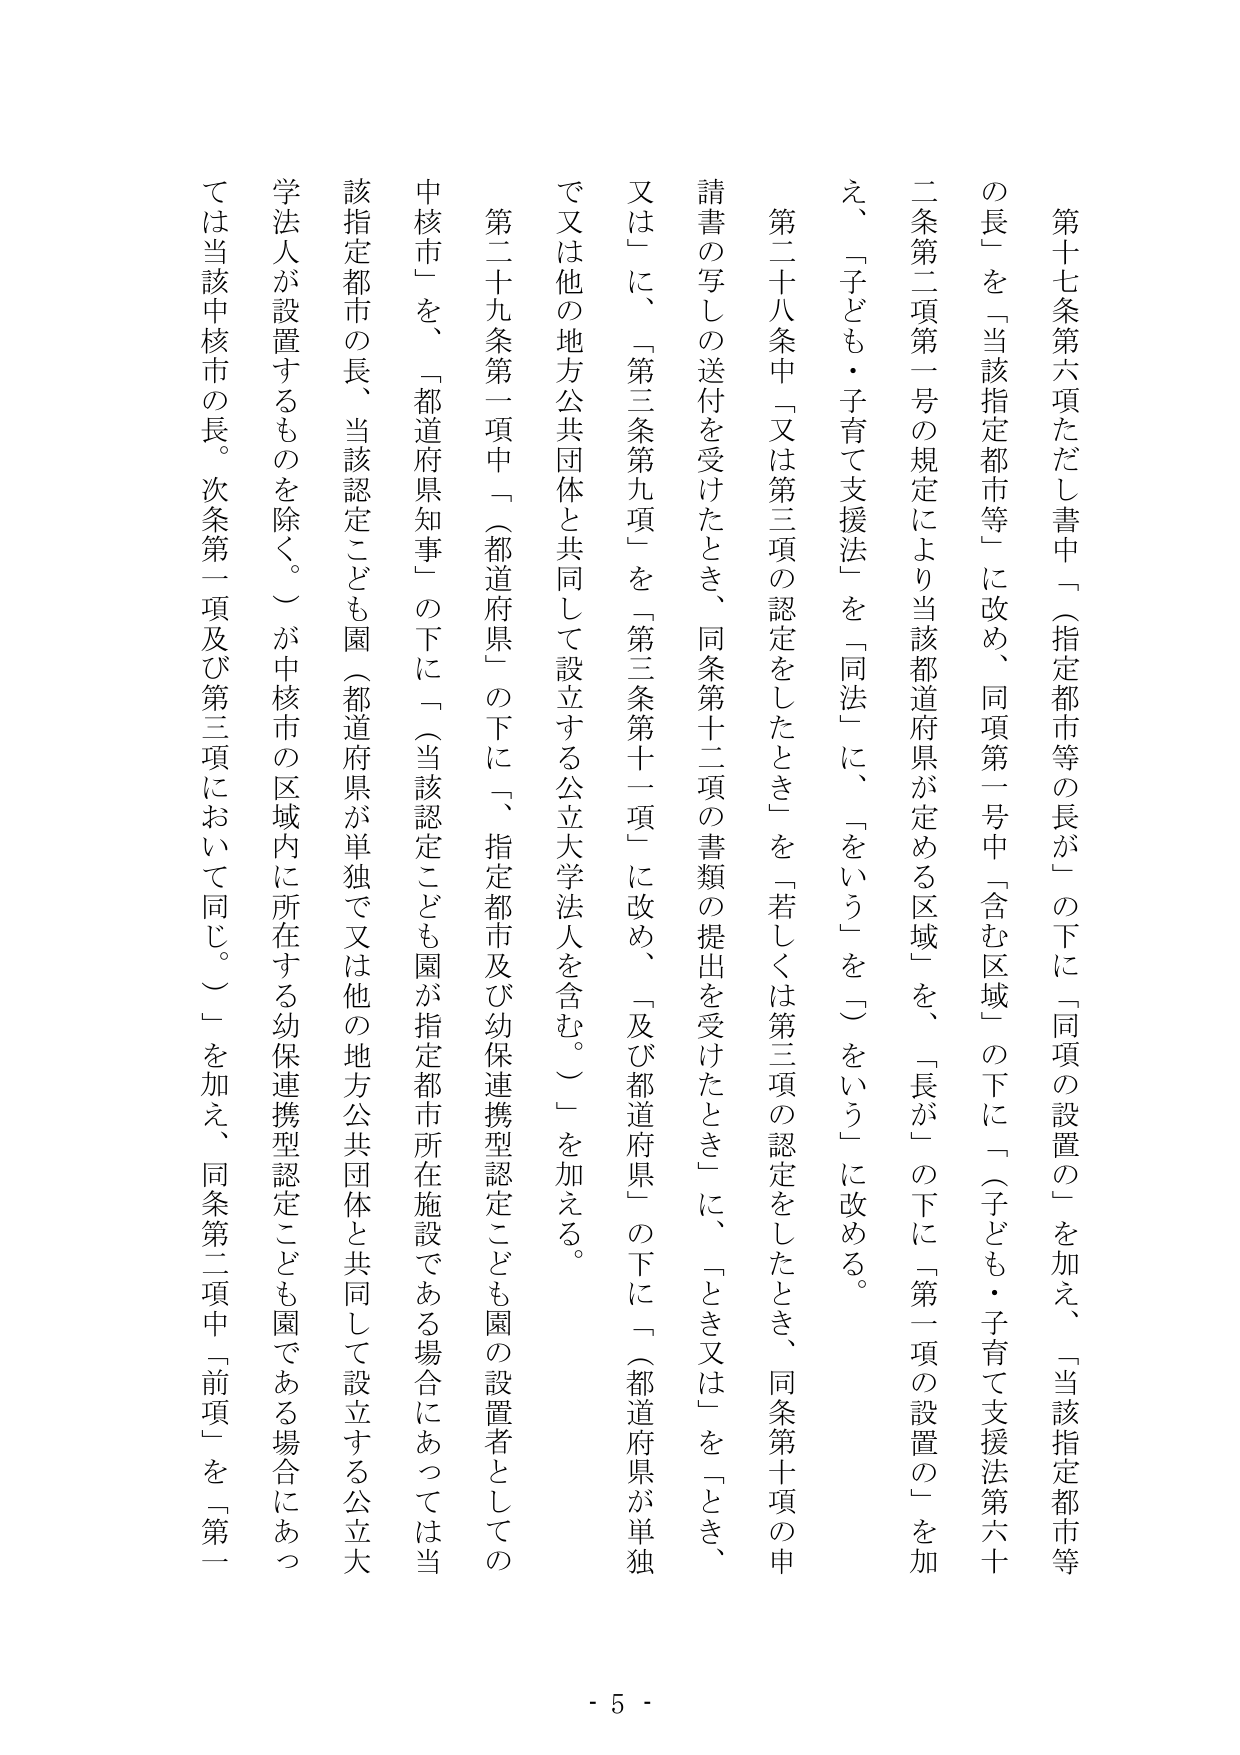
第十七条第六項ただし書中「（指定都市等の長が）」の下に「同項の設置の」を加え、「当該指定都市等の長」を「当該指定都市等」に改め、同項第一号中「含む区域」の下に「（子ども・子育て支援法第六十条第二項第一号の規定により当該都道府県が定める区域）を、「長が」の下に「第一項の設置の」を加え、「子ども・子育て支援法」を「同法」に、「をいう」を「）をいう」に改める。

第二十八条中「又は第三項の認定をしたとき」を「若しくは第三項の認定をしたとき、同条第十項の申請書の写しの送付を受けたとき、同条第十二項の書類の提出を受けたとき」に、「とき又は」を「とき、又は」に、「第三条第九項」を「第三条第十一項」に改め、「及び都道府県」の下に「（都道府県が単独で又は他の地方公共団体と共同して設立する公立大学法人を含む。）」を加える。

第二十九条第一項中「（都道府県）」の下に「、指定都市及び幼保連携型認定こども園の設置者としての中核市」を、「都道府県知事」の下に「（当該認定こども園が指定都市所在施設である場合にあっては当該指定都市の長、当該認定こども園（都道府県が単独で又は他の地方公共団体と共同して設立する公立大学法人が設置するものを除く。）が中核市の区域内に所在する幼保連携型認定こども園である場合にあっては当該中核市の長。次条第一項及び第三項において同じ。）」を加え、同条第二項中「前項」を「第一

- 5 -